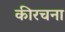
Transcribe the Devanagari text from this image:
कीरचना